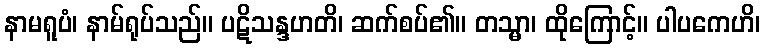
နာမရူပံ၊ နာမ်ရုပ်သည်။ ပဋိသန္ဒဟတိ၊ ဆက်စပ်၏။ တသ္မာ၊ ထိုကြောင့်။ ပါပကေဟိ၊